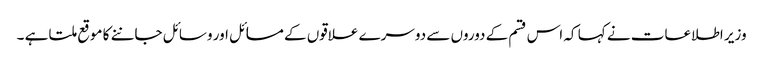
وزیر اطلاعات نے کہا کہ اس قسم کے دوروں سے دوسرے علاقوں کے مسائل اور وسائل جاننے کا موقع ملتا ہے ۔